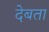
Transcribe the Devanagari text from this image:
देबता